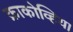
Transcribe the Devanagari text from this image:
क्राकोव्हिया